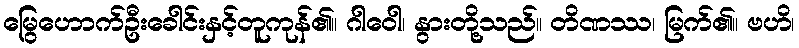
မြွေဟောက်ဦးခေါင်းနှင့်တူကုန်၏။ ဂါဝေါ၊ နွားတို့သည်။ တိဏဿ၊ မြက်၏။ ဗဟိ၊